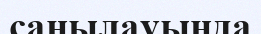
саңылауында